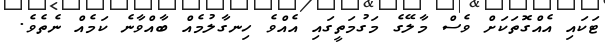
ޓަަަކައި އެއްގޮތަކަށް ވެސް މާލޭގެ މަގުމަތީގައި އެއްވެ ހިނގާލުމެއް ބާއްވާނެ ކަމެއް ނެތެވެ.